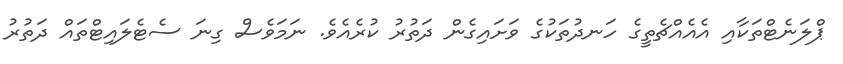
ޕްލަނެޓްތަކާއި އެއެއްޗެތީގެ ހަނދުތަކުގެ ވަށައިގެން ދަތުރު ކުރެއެވެ. ނަމަވެސް ގިނަ ސެޓެލައިޓްތައް ދަތުރު